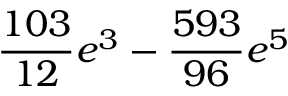
\frac { 1 0 3 } { 1 2 } e ^ { 3 } - \frac { 5 9 3 } { 9 6 } e ^ { 5 }